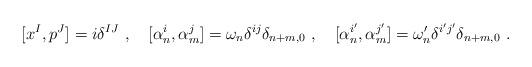
LaTeX: \begin{align*}[ x^I, p^J ] = i \delta^{IJ} ~,~~~[ \alpha^i_n, \alpha^j_m ] = \omega_n \delta^{ij} \delta_{n+m,0}~,~~~[ \alpha^{i'}_n, \alpha^{j'}_m ] = \omega'_n \delta^{i' j'} \delta_{n+m,0}~.\end{align*}